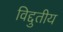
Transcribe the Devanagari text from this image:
विद्दुतीय